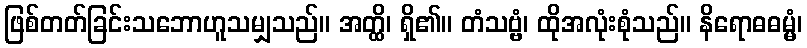
ဖြစ်တတ်ခြင်းသဘောဟူသမျှသည်။ အတ္ထိ၊ ရှိ၏။ တံသဗ္ဗံ၊ ထိုအလုံးစုံသည်။ နိရောဓဓမ္မံ၊